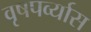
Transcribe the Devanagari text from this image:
वृषपर्व्यास